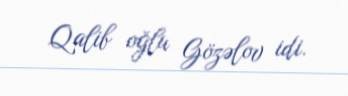
Qalib oğlu Gözəlov idi.